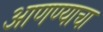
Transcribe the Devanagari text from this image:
अाणण्याचा